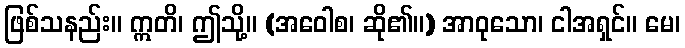
ဖြစ်သနည်း။ ဣတိ၊ ဤသို့။ (အဝေါစ၊ ဆို၏။) အာဝုသော၊ ငါအရှင်။ မေ၊